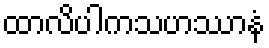
ထာလိပါကသဟဿာနံ